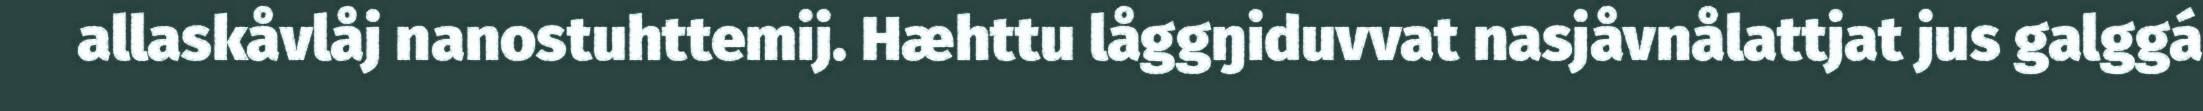
allaskåvlåj nanostuhttemij. Hæhttu låggŋiduvvat nasjåvnålattjat jus galggá